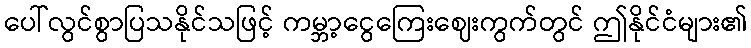
ပေါ်လွင်စွာပြသနိုင်သဖြင့် ကမ္ဘာ့ငွေကြေးဈေးကွက်တွင် ဤနိုင်ငံများ၏